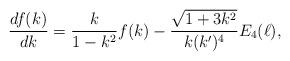
LaTeX: \begin{align*}\frac{df(k)}{dk}=\frac{k}{1-k^2}f(k)-\frac{\sqrt{1+3k^2}}{k(k')^4}E_4(\ell),\end{align*}